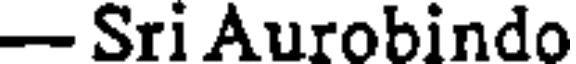
- Sri Aurobindo